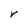
Character: r